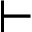
\vdash